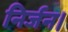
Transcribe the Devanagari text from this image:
निर्जन।